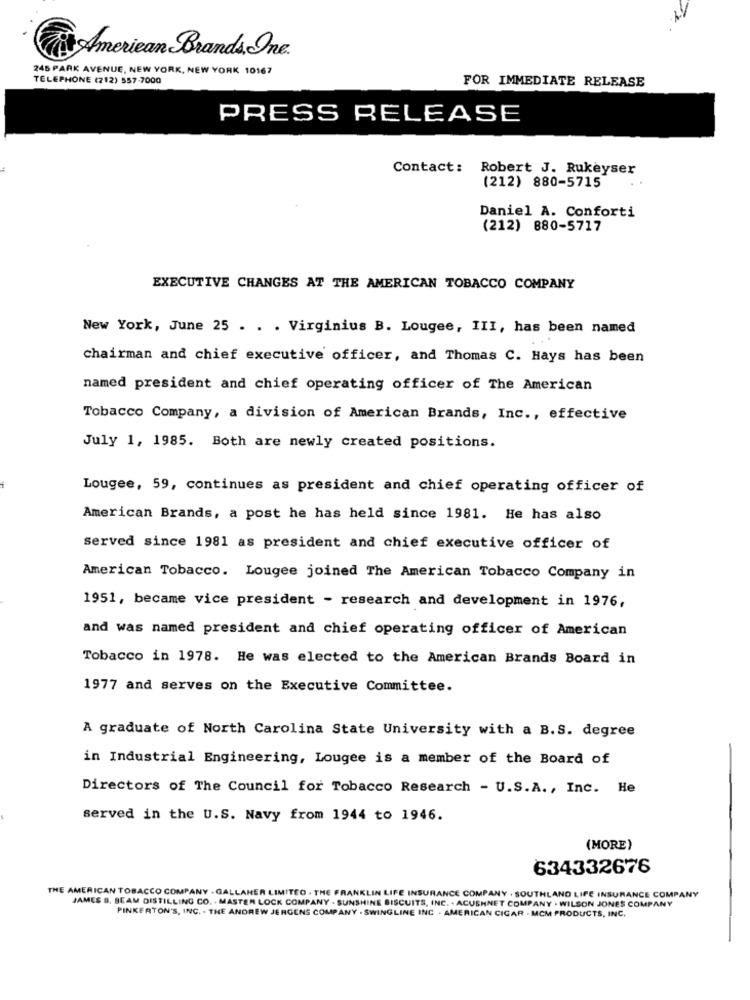
it American Brands Inc.
245 PARK AVENUE, NEW YORK, NEW YORK 10167
TELEPHONE (212) 557-7000
FOR IMMEDIATE RELEASE
PRESS RELEASE
Contact: Robert J. Rukeyser
(212) 880-5715
Daniel A. Conforti
(212) 880-5717
EXECUTIVE CHANGES AT THE AMERICAN TOBACCO COMPANY
New York, June 25 . . . Virginius B. Lougee, III, has been named
chairman and chief executive officer, and Thomas C. Hays has been
named president and chief operating officer of The American
Tobacco Company, a division of American Brands, Inc ., effective
July 1, 1985. Both are newly created positions.
Lougee, 59, continues as president and chief operating officer of
American Brands, a post he has held since 1981. He has also
served since 1981 as president and chief executive officer of
American Tobacco. Lougee joined The American Tobacco Company in
1951, became vice president - research and development in 1976,
and was named president and chief operating officer of American
Tobacco in 1978. He was elected to the American Brands Board in
1977 and serves on the Executive Committee.
A graduate of North Carolina State University with a B.S. degree
in Industrial Engineering, Lougee is a member of the Board of
Directors of The Council for Tobacco Research - U.S.A ., Inc. He
served in the U.S. Navy from 1944 to 1946.
(MORE)
634332676
THE AMERICAN TOBACCO COMPANY . GALLAHER LIMITED . THE FRANKLIN LIFE INSURANCE COMPANY . SOUTHLAND LIFE INSURANCE COMPANY
JAMES B. BEAM DISTILLING CO. . MASTER LOCK COMPANY - SUNSHINE BISCUITS, INC. . ACUSHNET COMPANY . WILSON JONES COMPANY
PINKERTON'S, INC. . THE ANDREW JERGENS COMPANY - SWINGLINE INC . AMERICAN CIGAR . MCM PRODUCTS, INC.